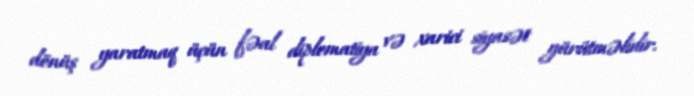
dönüş yaratmaq üçün fəal diplomatiya və xarici siyasət yürütməlidir.